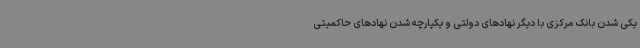
یکی شدن بانک مرکزی با دیگر نهادهای دولتی و یکپارچه شدن نهادهای حاکمیتی